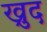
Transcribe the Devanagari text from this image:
ख्रुद